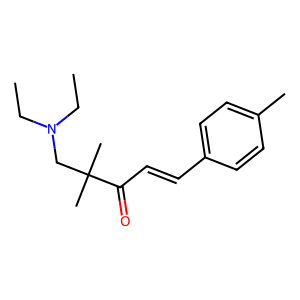
SMILES: CCN(CC)CC(C)(C)C(=O)C=Cc1ccc(C)cc1
Inhibits HIV replication: No